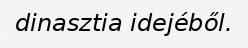
dinasztia idejéből.